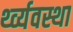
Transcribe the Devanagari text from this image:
र्थ्व्यवस्था